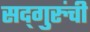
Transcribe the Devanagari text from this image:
सद्‍गुरुंची